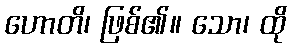
ဟောတိ၊ ဖြစ်၏။ သော၊ ထို